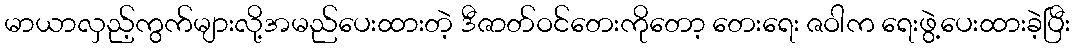
မာယာလှည့်ကွက်များလို့အမည်ပေးထားတဲ့ ဒီဇာတ်ဝင်တေးကိုတော့ တေးရေး ဇဝါက ရေးဖွဲ့ပေးထားခဲ့ပြီး